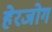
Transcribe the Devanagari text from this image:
हेरजोग